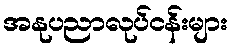
အနုပညာလုပ်ငန်းများ